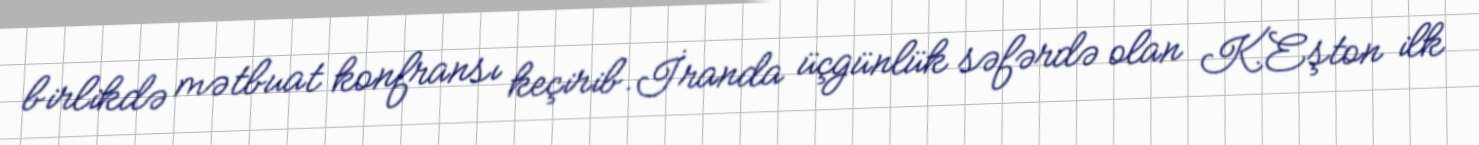
birlikdə mətbuat konfransı keçirib.İranda üçgünlük səfərdə olan K.Eşton ilk